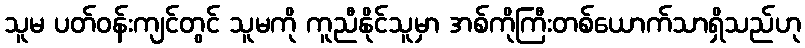
သူမ ပတ်ဝန်းကျင်တွင် သူမကို ကူညီနိုင်သူမှာ အစ်ကိုကြီးတစ်ယောက်သာရှိသည်ဟု